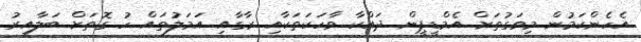
އެހެންކަމުން މިވަގުތަށް އެމްޑީޕީން ދައްކާ ވާހަކަތަކާއި ރާގާއި އަމަލުތައް ހު ގޮތަށް ބަލާއިރު